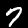
Digit: 7